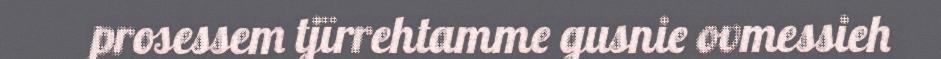
prosessem tjïrrehtamme gusnie ovmessieh